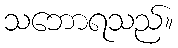
သဘောရသည်။